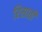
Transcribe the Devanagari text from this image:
रिसाती